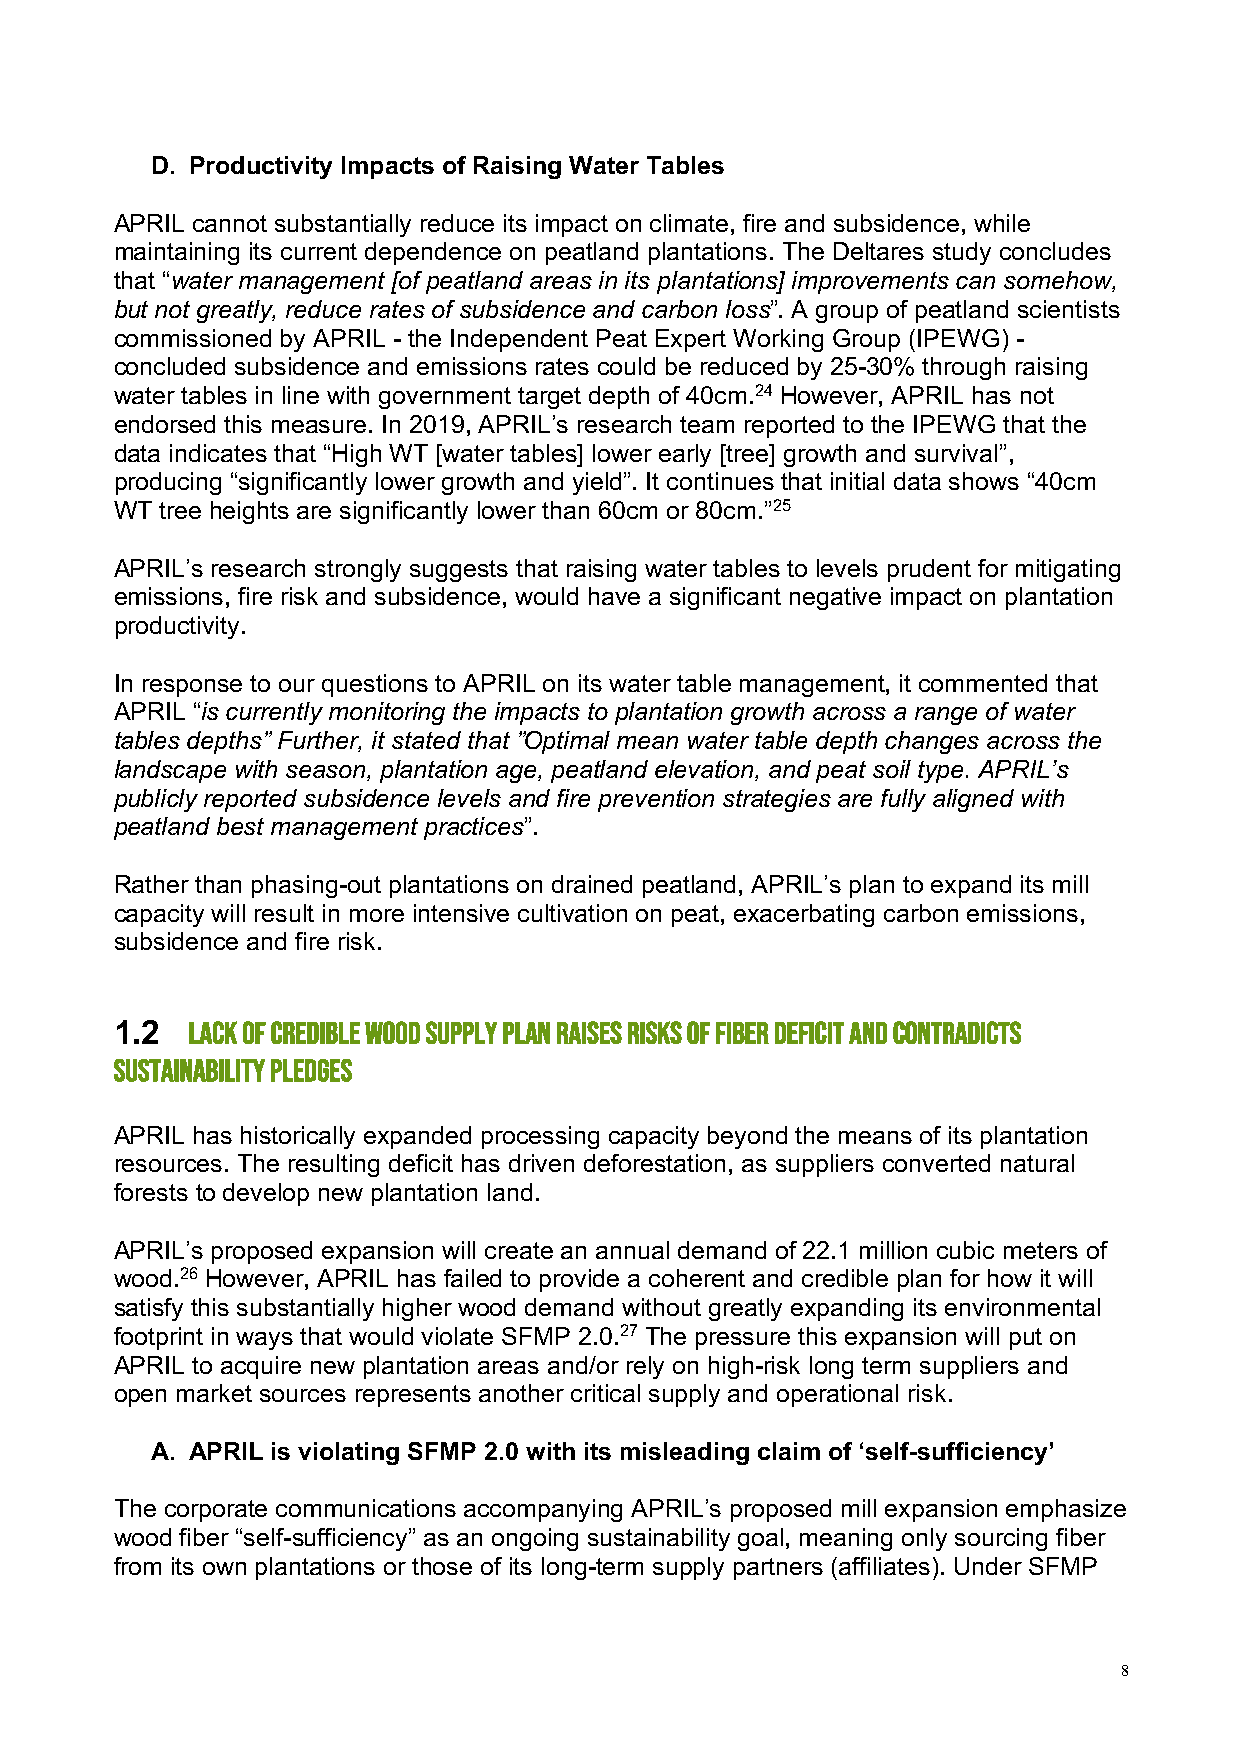
D. Productivity Impacts of Raising Water Tables
 APRIL cannot substantially reduce its impact on climate, fire and subsidence, while
 maintaining its current dependence on peatland plantations. The Deltares study concludes
 that “water management [of peatland areas in its plantations] improvements can somehow,
 but not greatly, reduce rates of subsidence and carbon loss”. A group of peatland scientists
 commissioned by APRIL - the Independent Peat Expert Working Group (IPEWG) -
 concluded subsidence and emissions rates could be reduced by 25-30% through raising
 water tables in line with government target depth of 40cm.24 However, APRIL has not
 endorsed this measure. In 2019, APRIL’s research team reported to the IPEWG that the
 data indicates that “High WT [water tables] lower early [tree] growth and survival”,
 producing “significantly lower growth and yield”. It continues that initial data shows “40cm
 WT tree heights are significantly lower than 60cm or 80cm.”25
 APRIL’s research strongly suggests that raising water tables to levels prudent for mitigating
 emissions, fire risk and subsidence, would have a significant negative impact on plantation
 productivity.
 In response to our questions to APRIL on its water table management, it commented that
 APRIL “is currently monitoring the impacts to plantation growth across a range of water
 tables depths” Further, it stated that ”Optimal mean water table depth changes across the
 landscape with season, plantation age, peatland elevation, and peat soil type. APRIL’s
 publicly reported subsidence levels and fire prevention strategies are fully aligned with
 peatland best management practices”.
 Rather than phasing-out plantations on drained peatland, APRIL’s plan to expand its mill
 capacity will result in more intensive cultivation on peat, exacerbating carbon emissions,
 subsidence and fire risk.
 1.2 LACK OF CREDIBLE WOOD SUPPLY PLAN RAISES RISKS OF FIBER DEFICIT AND CONTRADICTS
 SUSTAINABILITY PLEDGES
 APRIL has historically expanded processing capacity beyond the means of its plantation
 resources. The resulting deficit has driven deforestation, as suppliers converted natural
 forests to develop new plantation land.
 APRIL’s proposed expansion will create an annual demand of 22.1 million cubic meters of
 wood.26 However, APRIL has failed to provide a coherent and credible plan for how it will
 satisfy this substantially higher wood demand without greatly expanding its environmental
 footprint in ways that would violate SFMP 2.0.27 The pressure this expansion will put on
 APRIL to acquire new plantation areas and/or rely on high-risk long term suppliers and
 open market sources represents another critical supply and operational risk.
 A. APRIL is violating SFMP 2.0 with its misleading claim of ‘self-sufficiency’
 The corporate communications accompanying APRIL’s proposed mill expansion emphasize
 wood fiber “self-sufficiency” as an ongoing sustainability goal, meaning only sourcing fiber
 from its own plantations or those of its long-term supply partners (affiliates). Under SFMP
 8